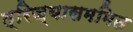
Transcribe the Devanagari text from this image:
त्रिज्यासममित